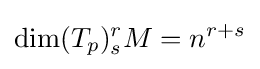
\dim(T_{p})_{s}^{r}M=n^{r+s}